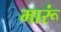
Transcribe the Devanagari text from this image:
मारूं